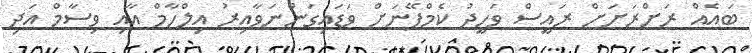
ބައެއް ރަށްރަށަށް ރައީސް ވަހީދު ކެމްޕޭނަށް ވަޑައިގަންނަވާއިރު އިލްހާމް އާއި ވިސާމް އަދި